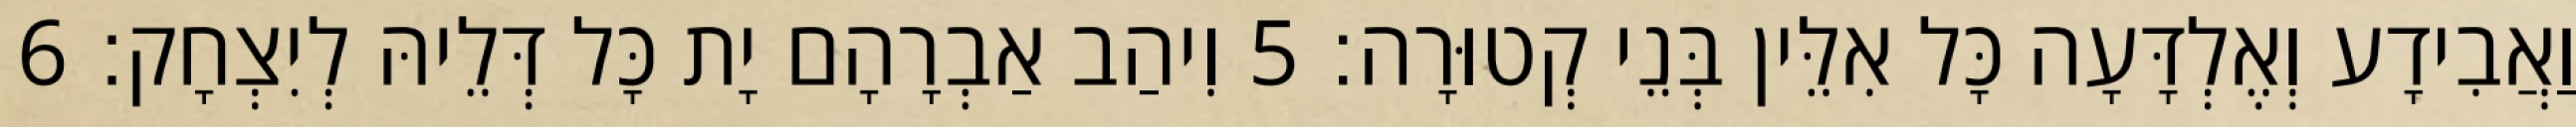
וַאֲבִידָע וְאֶלְדָּעָה כָּל אִלֵּין בְּנֵי קְטוּרָה׃ 5 וִיהַב אַבְרָהָם יָת כָּל דְּלֵיהּ לְיִצְחָק׃ 6